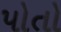
પોતો